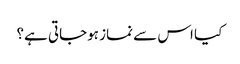
کیا اس سے نماز ہوجاتی ہے؟